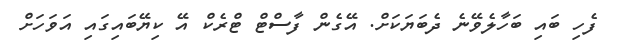
ފެހި ބައި ބަހާލެވޭނެ ދެބަޔަކަށް. އޭގެން ފާސްޓް ޓްރެކް އޭ ކިޔޭބައިގައި އަވަހަށް